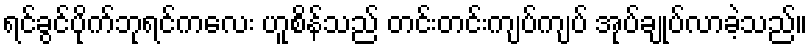
ရင်ခွင်ပိုက်ဘုရင်ကလေး ဟူစိန်သည် တင်းတင်းကျပ်ကျပ် အုပ်ချုပ်လာခဲ့သည်။